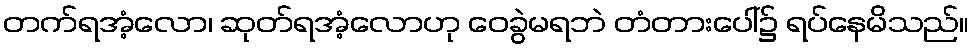
တက်ရအံ့လော၊ ဆုတ်ရအံ့လောဟု ဝေခွဲမရဘဲ တံတားပေါ်၌ ရပ်နေမိသည်။